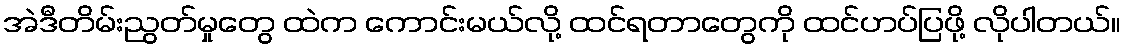
အဲဒီတိမ်းညွတ်မှုတွေ ထဲက ကောင်းမယ်လို့ ထင်ရတာတွေကို ထင်ဟပ်ပြဖို့ လိုပါတယ်။